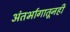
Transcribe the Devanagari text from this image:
अंतर्भागातूनही